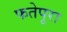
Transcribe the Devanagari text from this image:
फतेपूरा